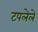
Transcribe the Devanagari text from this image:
टपलेले